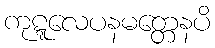
ကုဋ္ဋလေပနမတ္တေနပိ